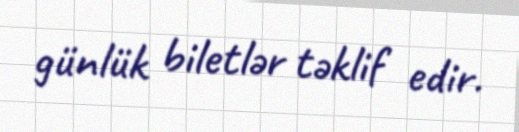
günlük biletlər təklif edir.